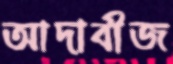
আদাবীজ